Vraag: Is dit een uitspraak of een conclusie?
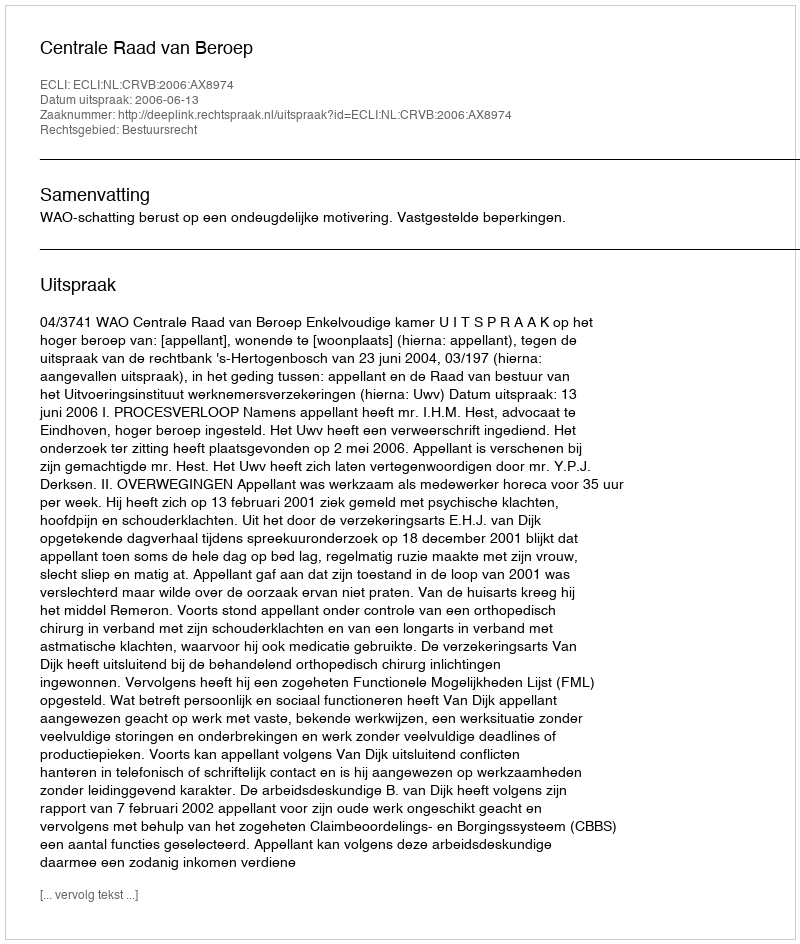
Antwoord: Uitspraak